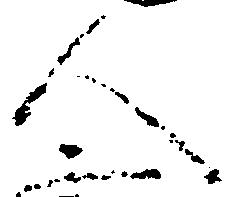
人